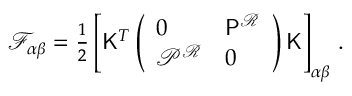
\begin{array} { r } { \mathcal { F } _ { \alpha \beta } = \frac { 1 } { 2 } \left[ \mathsf { K } ^ { T } \left( \begin{array} { l l } { 0 } & { \mathsf { P } ^ { \mathcal { R } } } \\ { \mathcal { P } ^ { \mathcal { R } } } & { 0 } \end{array} \right) \mathsf { K } \right] _ { \alpha \beta } \, . } \end{array}